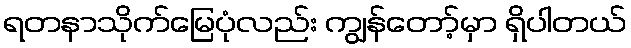
ရတနာသိုက်မြေပုံလည်း ကျွန်တော့်မှာ ရှိပါတယ်